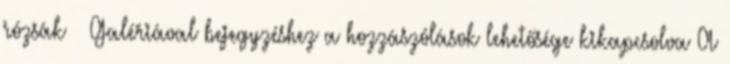
rózsák – Galériával bejegyzéshez a hozzászólások lehetősége kikapcsolva A